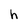
Character: h